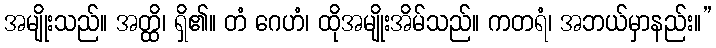
အမျိုးသည်။ အတ္ထိ၊ ရှိ၏။ တံ ဂေဟံ၊ ထိုအမျိုးအိမ်သည်။ ကတရံ၊ အဘယ်မှာနည်း။”